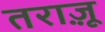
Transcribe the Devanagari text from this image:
तराज़ू़